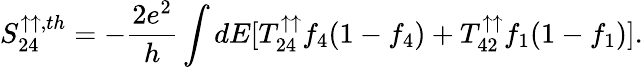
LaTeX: {S_{24}^{\uparrow\uparrow,th}}=-\frac{2e^{2}}{h}\int dE[T_{24}^{\uparrow\uparrow}f_{4}(1-f_{4})+T_{42}^{\uparrow\uparrow}f_{1}(1-f_{1})].